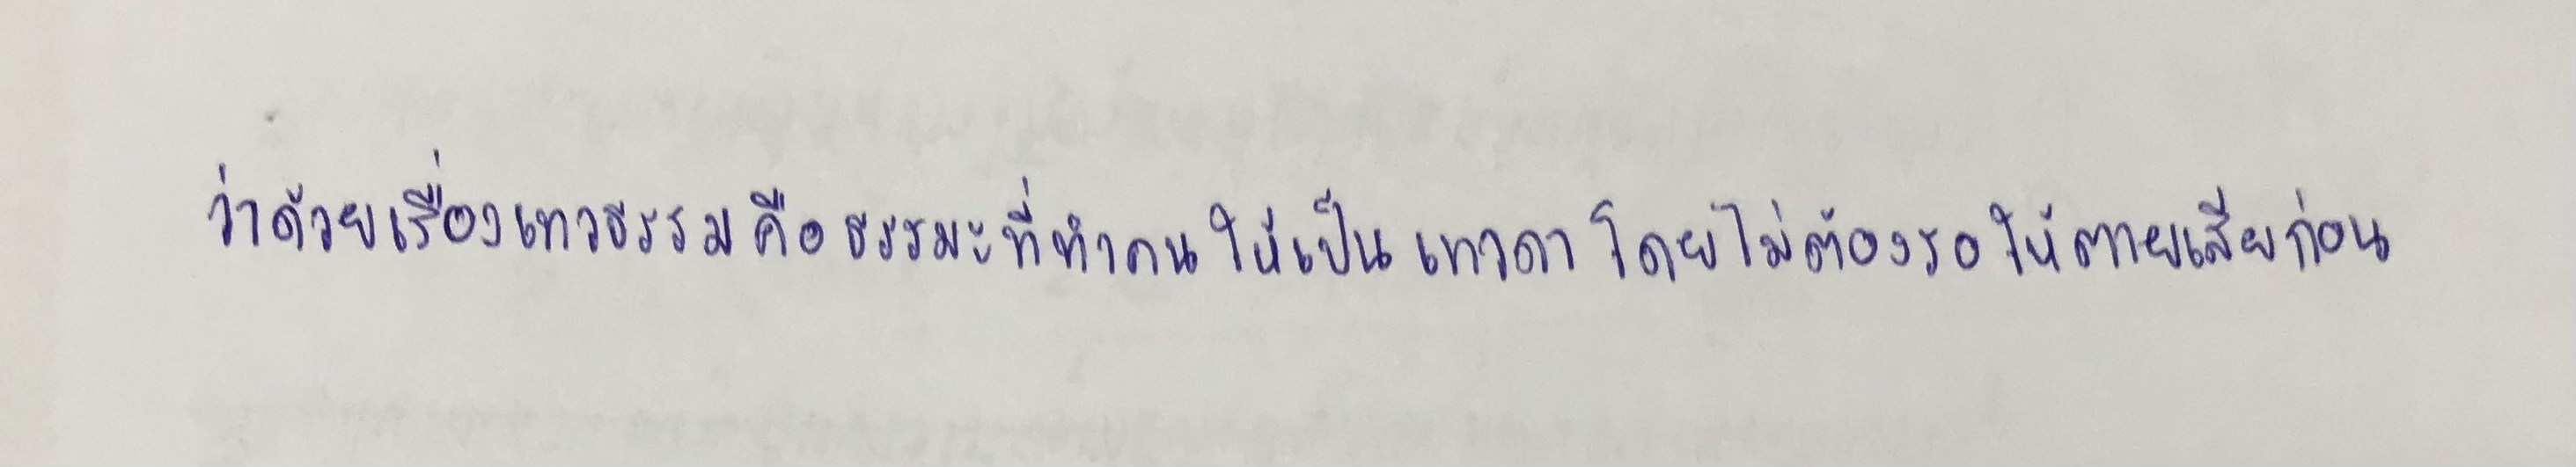
ว่าด้วยเรื่องเทวธรรมคือธรรมะที่ทำคนให้เป็นเทวดาโดยไม่ต้องรอให้ตายเสียก่อน